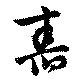
舂